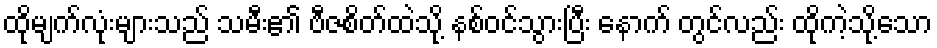
ထိုမျက်လုံးများသည် သမီး၏ ဗီဇစိတ်ထဲသို့ နစ်ဝင်သွားပြီး နောက် တွင်လည်း ထိုကဲ့သို့သော